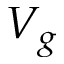
V _ { g }